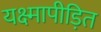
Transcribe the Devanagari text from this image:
यक्ष्मापीड़ित